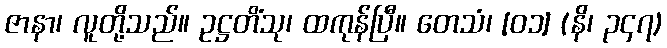
ဇာနာ၊ လူတို့သည်။ ဥဋ္ဌတိံသု၊ ထကုန်ပြီ။ တေသံ၊ [၀၁] (နိ၊ ၃၄၇)